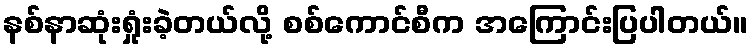
နစ်နာဆုံးရှုံးခဲ့တယ်လို့ စစ်ကောင်စီက အကြောင်းပြပါတယ်။